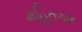
મહિતગાર